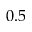
0 . 5